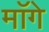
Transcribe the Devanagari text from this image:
माॅगे